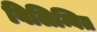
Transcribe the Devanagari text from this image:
विलिम्बित